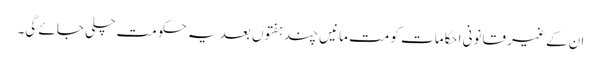
ان کے غیر قانونی احکامات کو مت مانیں چند ہفتوں بعد یہ حکومت چلی جائے گی۔